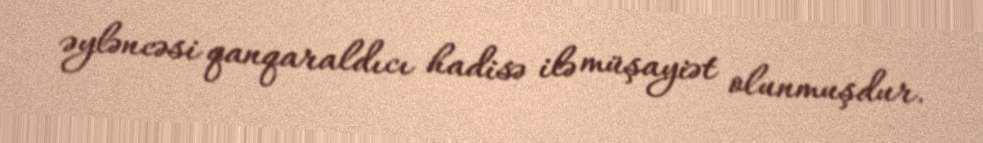
əyləncəsi qanqaraldıcı hadisə ilə müşayiət olunmuşdur.